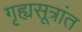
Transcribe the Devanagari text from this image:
गृह्यसूत्रांत